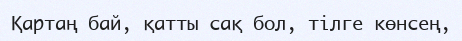
Қартаң бай, қатты сақ бол, тілге көнсең,